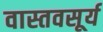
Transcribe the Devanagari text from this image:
वास्तवसूर्य